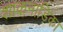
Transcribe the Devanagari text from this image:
शाकनाड़िका